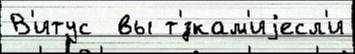
В'итус  вы т'́зкам'иjесл'и